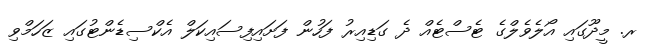
ރ. މީދޫގައި އޯލެވެލްގެ ޓެސްޓެއް ދެ ގަޑިއިރު ފަހުން ފަށައިފިސައިކަލް އެކްސިޑެންޓުގައި ޒަހަމްވި